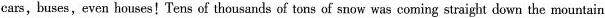
cars,buses,even houses!Tens of thousands of tons of snow was coming straight down the mountain